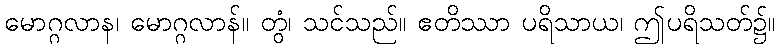
မောဂ္ဂလာန၊ မောဂ္ဂလာန်။ တွံ၊ သင်သည်။ ဧတိဿာ ပရိသာယ၊ ဤပရိသတ်၌။